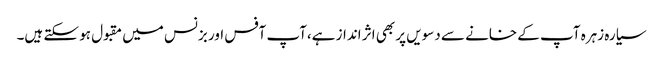
سیارہ زہرہ آپ کے خانے سے دسویں پر بھی اثر انداز ہے،آپ آفس اور بزنس میں مقبول ہو سکتے ہیں۔